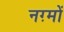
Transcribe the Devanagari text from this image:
नग़्मों